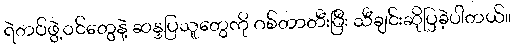
ရဲတပ်ဖွဲ့ဝင်တွေနဲ့ ဆန္ဒပြသူတွေကို ဂစ်တာတီးပြီး သီချင်းဆိုပြခဲ့ပါတယ်။